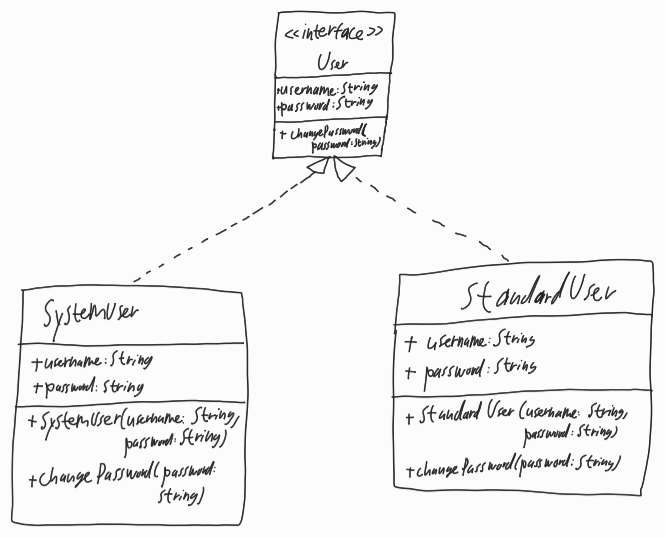
Diagram type: class_diagram
```plantuml
@startuml

interface User {
  + username: String
  + password: String
  + changePassword(password: String)
}

class SystemUser implements User {
  + username: String
  + password: String
  + SystemUser(username: String, password: String)
  + changePassword(password: String)
}

class StandardUser implements User {
  + username: String
  + password: String
  + StandardUser(username: String, password: String)
  + changePassword(password: String)
}

@enduml
```